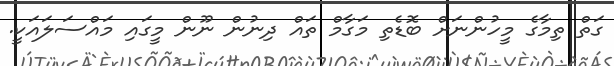
ގަތް ތިމާގެ މީހުންނަށް ބޮޑެތި މަގާމް ތައް ދިނުން ނޫން މީގައި މައްސަލައަކީ.